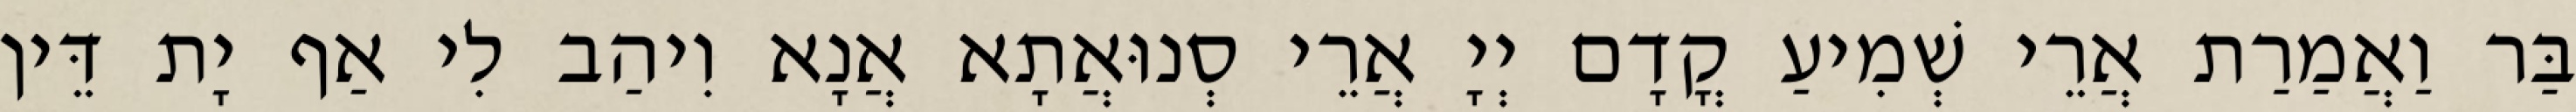
בַּר וַאֲמַרַת אֲרֵי שְׁמִיעַ קֳדָם יְיָ אֲרֵי סְנוּאֲתָא אֲנָא וִיהַב לִי אַף יָת דֵּין